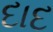
દાદ